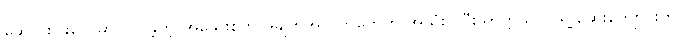
ဆောင်းပါးတွေမှာပါဝင်ခဲ့တဲ့ အသေးစိတ်အချက်အလက်တွေကို အသုံးပြုပြီး တက္ကသိုလ် ရဲ့ ဆေးကျောင်းက